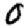
Digit: 0